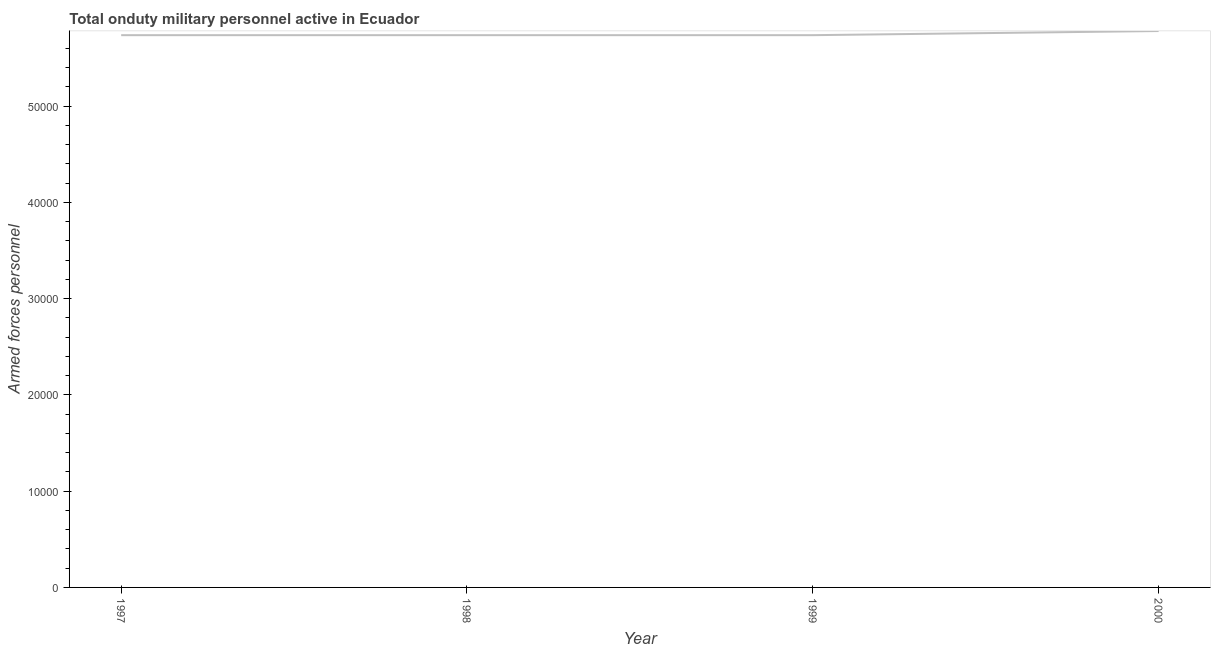
| Year | Armed forces personnel |
 | --- | --- |
 | 1997 | 5.74e+04 |
 | 1998 | 5.74e+04 |
 | 1999 | 5.74e+04 |
 | 2000 | 5.78e+04 |